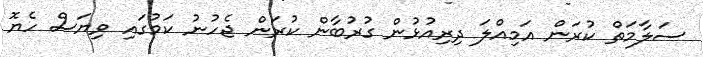
ސަލާމަތް ކުރަން އަމިއްލަ ދިރިއުޅުން ގުރުބާން ކުރަން ޖެހުނު ކަމުގައި ވިޔަސް ހެޔޮ